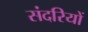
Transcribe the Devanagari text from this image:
संदरियों